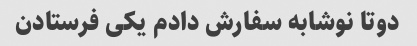
دوتا نوشابه سفارش دادم یکی فرستادن